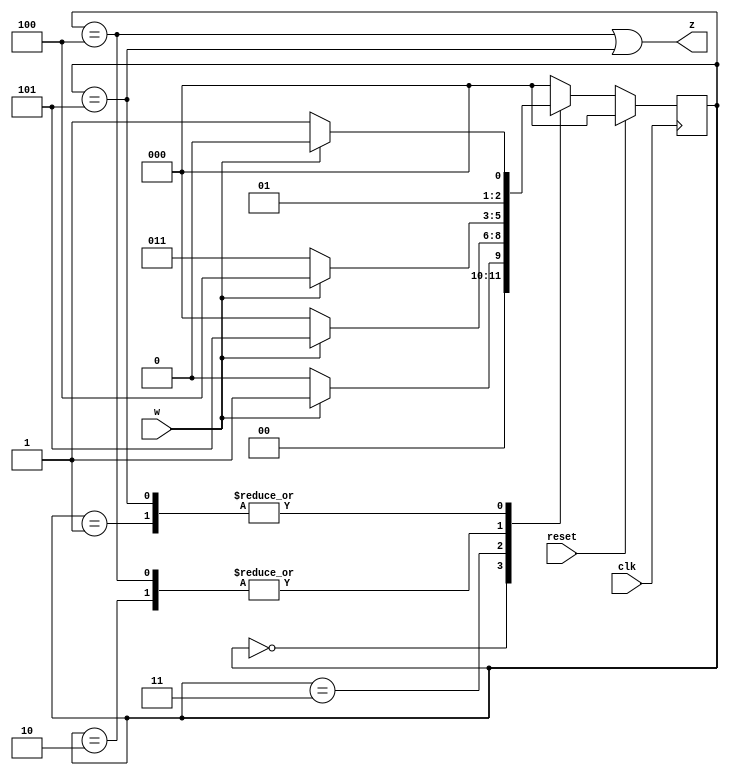
//https://hdlbits.01xz.net/wiki/Exams/2012_q2fsm

//https://hdlbits.01xz.net/wiki/Exams/m2014_q6


module top_module (
    input clk,
    input reset,     // synchronous reset
    input w,
    output z);


    parameter A = 3'b000,B = 3'b001,C = 3'b010,D=3'b011,E=3'b100,F=3'b101;

    reg [2:0]state;
    reg [2:0]next_state;

    always @(*) begin
        case (state)
            A: next_state = w? B:A;
            B: next_state = w? C:D;
            C: next_state = w? E:D;
            D: next_state = w? F:A;
            E: next_state = w? E:D;
            F: next_state = w? C:D;
            default: next_state = A;
        endcase
    end


    always @(posedge clk ) begin
        if(reset)
            state <= A;
        else
            state <= next_state;
    end

    assign z=(state==E||state==F);
endmodule